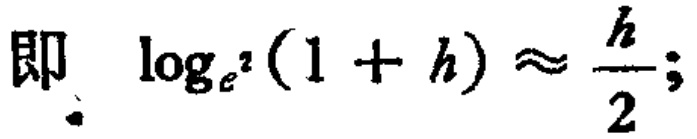
即 \(\log_{e^{2}}(1 + h) \approx \frac{h}{2};\)